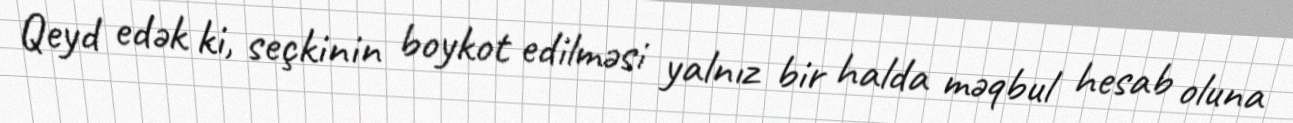
Qeyd edək ki, seçkinin boykot edilməsi yalnız bir halda məqbul hesab oluna